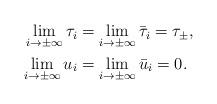
LaTeX: \begin{align*} \begin{aligned} \lim_{i\to \pm \infty} \tau_i &= \lim_{i\to \pm \infty} \bar \tau_i = \tau_{\pm},\\ \lim_{i\to \pm \infty} u_i &= \lim_{i\to \pm \infty} \bar u_i = 0. \end{aligned}\end{align*}